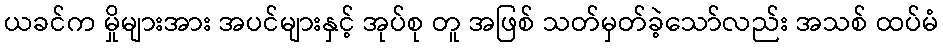
ယခင်က မှိုများအား အပင်များနှင့် အုပ်စု တူ အဖြစ် သတ်မှတ်ခဲ့သော်လည်း အသစ် ထပ်မံ